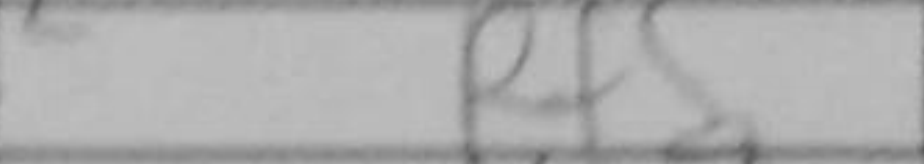
Transcription: Rf5